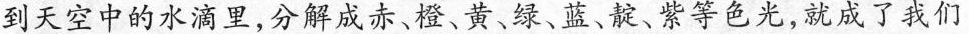
到天空中的水滴里，分解成赤、橙、黄、绿、蓝、靛、紫等色光，就成了我们